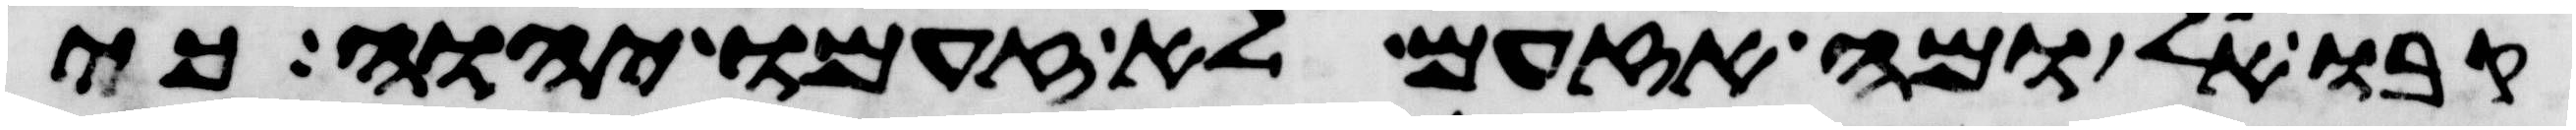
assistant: קבו אל ומה אזעם לא זעם יהוה כי